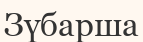
Зүбарша